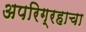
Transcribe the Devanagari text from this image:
अपरिग्रहाचा